King Institute of Preventive Medicine Micro-Biological Section reports 1912-19
Year: 1912
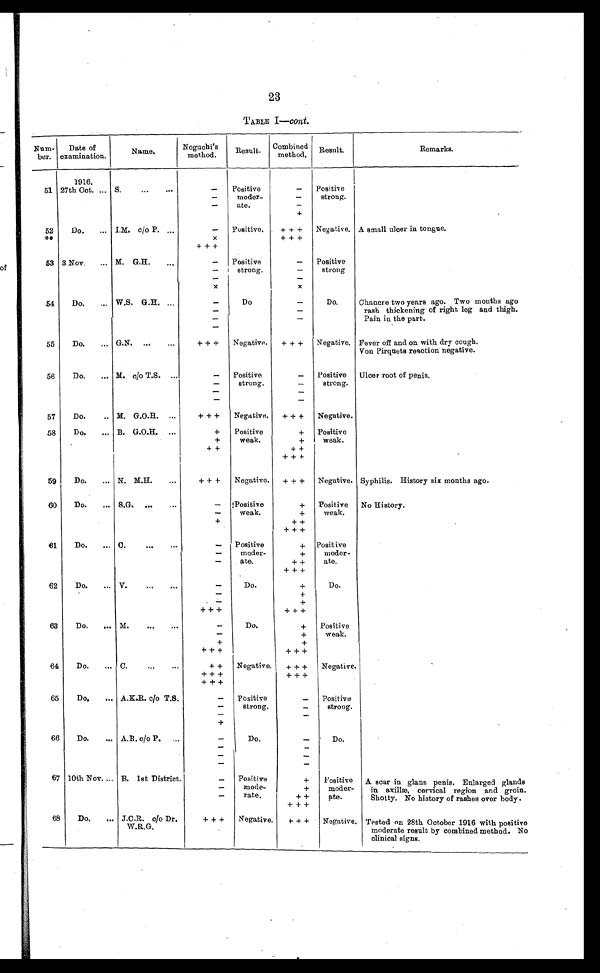
23
TABLE I—cont.
Num-
ber.
Date of
examination.
Name.
Noguchi's
method.
Result. Combined
method.
Result.
Remarks.
51
1916.
27th Oct. ... S.
...
...
-
Positive
moder-
ate.
- Positive
strong.
-
-
-
-
+
52
**
Do.
... I.M. c/o P. ...
- Positive.
+++
Negative. A small ulcer in tongue.
x
+++
+++
53 3 Nov.
... M. G.H.
...
- Positive
strong.
- Positive
strong
-
-
-
-
x
x
54
Do.
... W.S. G.H. ...
-
Do
-
Do.
Chancre two years ago. Two months ago
rash thickening of right leg and thigh.
Pain in the part.
-
-
-
-
-
55
Do.
... G.N. ...
...
+++
Negative.
+++
Negative. Fever off and on with dry cough.
Von Pirquets reaction negative.
56
Do.
... M. c/o T.S. ...
- Positive
strong.
- Positive
strong.
Ulcer root of penis.
-
-
-
-
-
-
57
Do.
.. M. G.O.R. ...
+++
Negative.
+++
Negative.
58
Do.
... B. G.O.H. ...
+
Positive
weak.
+
Positive
weak.
+
+
++
++
+++
59
Do.
... N. M.H.
...
+++
Negative.
+++
Negative. Syphilis. History six months ago.
60
Do.
... S.G. ...
...
- Positive
weak.
+
Positive
weak.
No History.
-
+
+
++
+++
61
Do.
... C.
- Positive
moder-
ate.
+ Positive
moder-
ate.
-
+
-
++
+++
62
Do.
... V.
...
...
-
Do.
+
Do.
-
+
-
+
+++
+++
63
Do.
... M.
...
...
-
Do.
+
Positive
weak.
-
+
+
+
+++
+++
64
Do.
... C.
...
...
++
Negative.
+++
Negative.
+++
+++
+++
65
Do.
... A.K.R. c/o T.S.
- Positive
strong.
- Positive
strong.
-
-
-
-
+
66
Do.
... A.R. c/o P. ...
-
Do.
-
Do.
-
-
-
-
-
-
67 10th Nov. ... B. 1st District.
- Positive
mode.-
rate.
+
Positive
moder-
ate.
A scar in glans penis. Enlarged glands
in axillæ, cervical region and groin.
Shotty. No history of rashes over body.
-
+
-
++
+++
68
Do.
... J.C.R. c/o Dr.
W.R.G.
+++
Negative.
+++
Negative. Tested on 28th October 1916 with positive
moderate result by combined method. No
clinical signs.